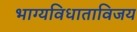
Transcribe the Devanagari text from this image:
भाग्यविधाताविजय